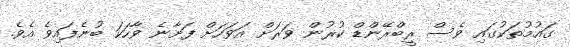
ގައުމުތަކުގައި ވެސް ރީބްރޭންޑް ކުރުން ވަރަށް އަވަހަށް ފަށާނެ ވާހަކަ ބުނެފައިވެ އެވެ.